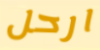
ارحل